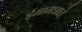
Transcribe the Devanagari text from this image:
ईमामशाहे